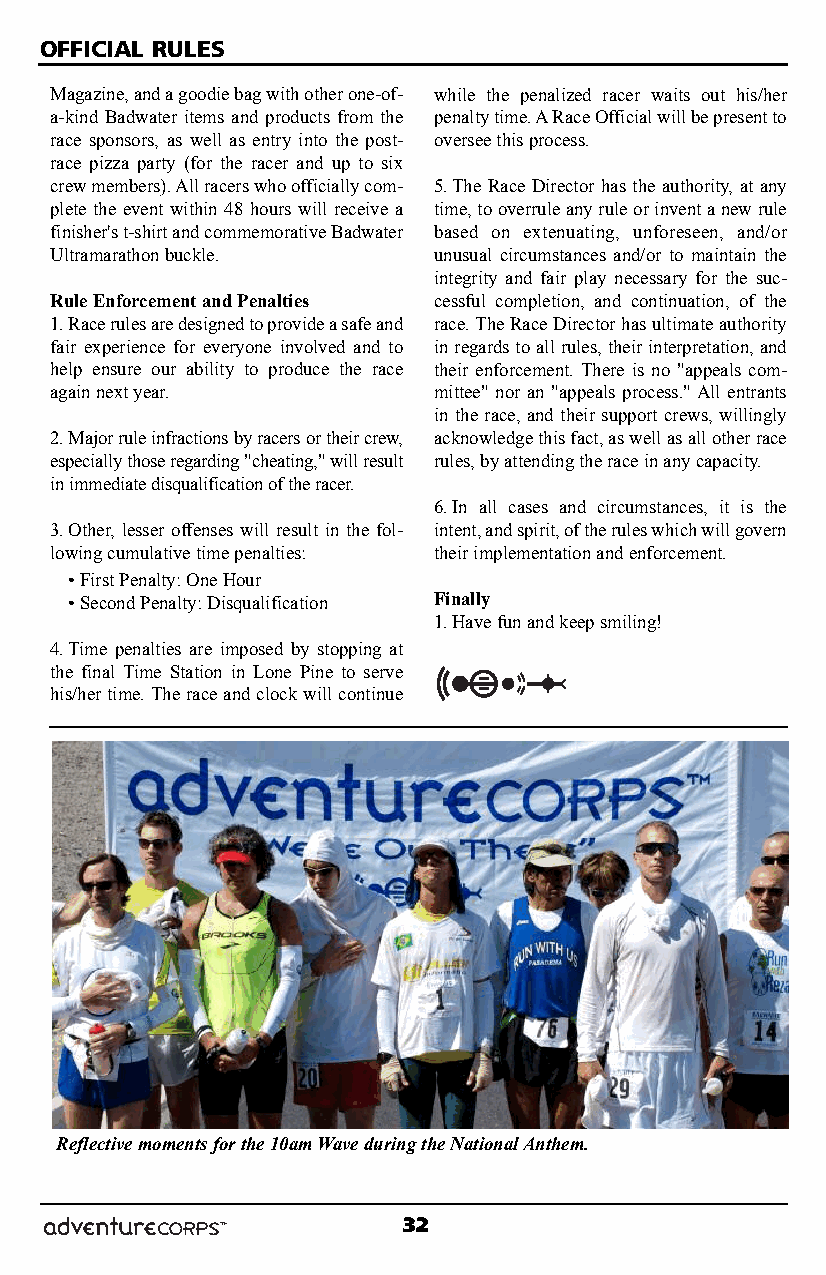
OFFICIAL RULES
 Magazine, and a goodie bag with other one-of- while the penalized racer waits out his/her
 a-kind Badwater items and products from the penalty time. A Race Official will be present to
 race sponsors, as well as entry into the post- oversee this process.
 race pizza party (for the racer and up to six
 crew members). All racers who officially com- 5.The Race Director has the authority, at any
 plete the event within 48 hours will receive a time, to overrule any rule or invent a new rule
 finisher's t-shirt and commemorative Badwater based on extenuating, unforeseen, and/or
 Ultramarathon buckle.     unusual circumstances and/or to maintain the
 integrity and fair play necessary for the suc-
 Rule Enforcement and Penalties cessful completion, and continuation, of the
 1.Race rules are designed to provide a safe and race. The Race Director has ultimate authority
 fair experience for everyone involved and to in regards to all rules, their interpretation, and
 help ensure our ability to produce the race their enforcement. There is no "appeals com-
 again next year.          mittee" nor an "appeals process." All entrants
 in the race, and their support crews, willingly
 2.Major rule infractions by racers or their crew, acknowledge this fact, as well as all other race
 especially those regarding "cheating," will result rules, by attending the race in any capacity.
 in immediate disqualification of the racer.
 6.In all cases and circumstances, it is the
 3.Other, lesser offenses will result in the fol- intent, and spirit, of the rules which will govern
 lowing cumulative time penalties: their implementation and enforcement.
 • First Penalty: One Hour
 • Second Penalty: Disqualification Finally
 1.Have fun and keep smiling!
 4.Time penalties are imposed by stopping at
 the final Time Station in Lone Pine to serve
 his/her time. The race and clock will continue
 Reflective moments for the 10am Wave during the National Anthem.
 32